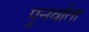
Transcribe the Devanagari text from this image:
पुनर्वाता